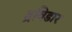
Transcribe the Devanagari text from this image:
द्रविडार